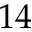
1 4